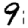
Digit: 9